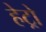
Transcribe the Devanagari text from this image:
हेट्रो